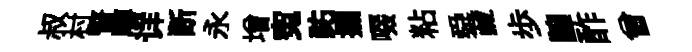
叔村瞥廖详断永增寃祐攔啜粘舜藏歩譲酢曾